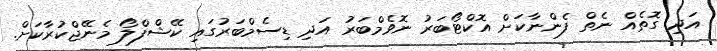
އަދި ގޮތެއް ނެތް ފެންނާކަށް އޮކްޓޯބަރު ނޮވެމްބަރު އަދި ޑިސެމްބަރުގައި ކޭޝްފްލޯ މެނޭޖްކުރާކަށް.